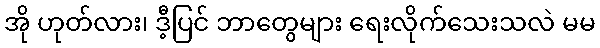
အို ဟုတ်လား၊ ဒီ့ပြင် ဘာတွေများ ရေးလိုက်သေးသလဲ မမ